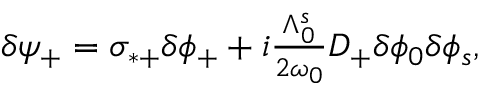
\begin{array} { r } { \delta \psi _ { + } = \sigma _ { * + } \delta \phi _ { + } + i \frac { \Lambda _ { 0 } ^ { s } } { 2 \omega _ { 0 } } D _ { + } \delta \phi _ { 0 } \delta \phi _ { s } , } \end{array}